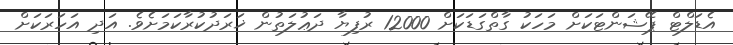
އެޑަލްޓް ޕޭޝަންޓަކަށް މަހަކު ގާތްގަޑަކަށް 12000 ރުފިޔާ ދަޢުލަތުން ޚަރަދުކުރާކަމަށެވެ. އަދި އަހަރަކަށް